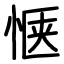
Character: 惬